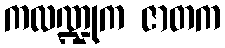
ကလဏ္ဍုက ဇာတက